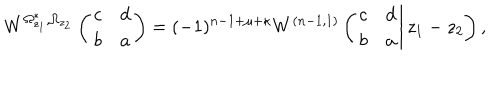
W ^ { \Omega _ { z _ { 1 } } ^ { * } , \Omega _ { z _ { 2 } } } \left( \begin{array} { c c } { { c } } & { { d } } \\ { { b } } & { { a } } \\ \end{array} \right) = ( - 1 ) ^ { n - 1 + \mu + \kappa } W ^ { ( n - 1 , 1 ) } \left( \left. \begin{array} { c c } { { c } } & { { d } } \\ { { b } } & { { a } } \\ \end{array} \right| z _ { 1 } - z _ { 2 } \right) ,